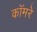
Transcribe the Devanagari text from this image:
कॉमरे